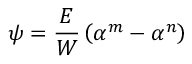
\psi = \frac { E } { W } \left( \alpha ^ { m } - \alpha ^ { n } \right)